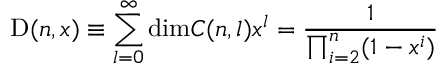
\mathrm { D } ( n , x ) \equiv \sum _ { l = 0 } ^ { \infty } \mathrm { d i m } C ( n , l ) x ^ { l } = \frac { 1 } { \prod _ { i = 2 } ^ { n } ( 1 - x ^ { i } ) }